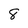
Character: 8